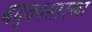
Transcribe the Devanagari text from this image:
बद्कासारखा